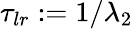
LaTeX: \tau_{lr}:=1/\lambda_{2}